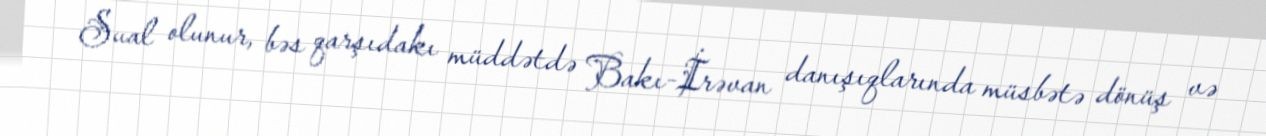
Sual olunur, bəs qarşıdakı müddətdə Bakı-İrəvan danışıqlarında müsbətə dönüş və